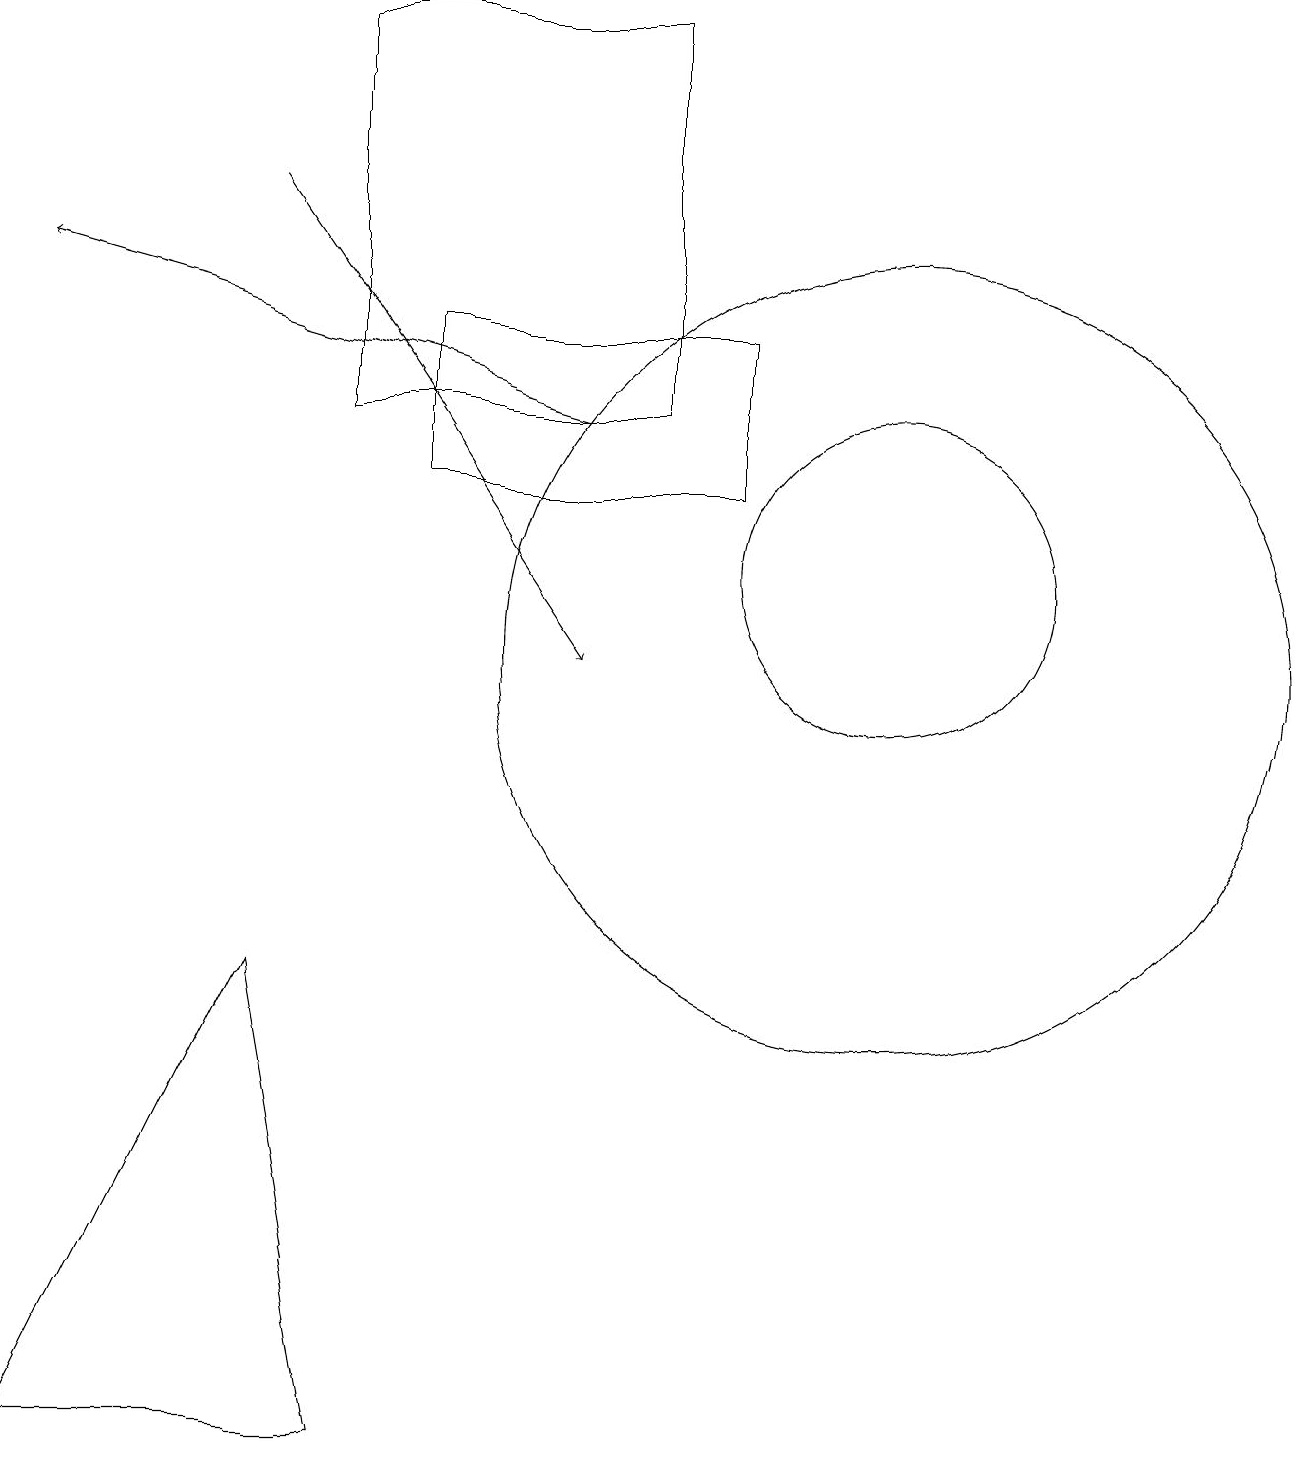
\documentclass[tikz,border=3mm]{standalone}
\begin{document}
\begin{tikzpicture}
\draw (11,10) circle (5);
\draw (8,18) rectangle (4,13);
\draw (0,0) -- (3,6) -- (4,0) -- cycle;
\draw (9,15) rectangle (9,15);
\draw[->] (7,13) -- (0,15);
\draw (11,11) circle (2);
\draw (5,14) rectangle (9,12);
\draw[->] (3,16) -- (7,10);
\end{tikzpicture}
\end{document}